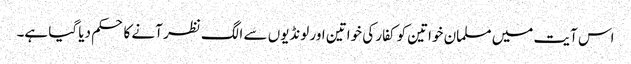
اس آیت میں مسلمان خواتین کو کفار کی خواتین اور لونڈیوں سے الگ نظر آنے کا حکم دیا گیا ہے۔